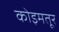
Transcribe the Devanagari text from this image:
कोइमतूर